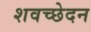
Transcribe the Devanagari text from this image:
शवच्छेदन